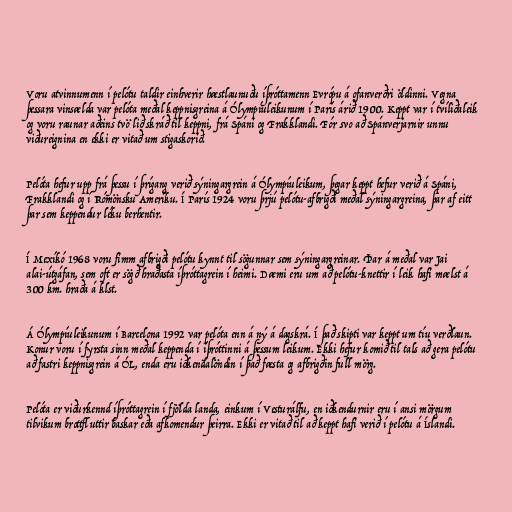
Voru atvinnumenn í pelótu taldir einhverir hæstlaunuðu íþróttamenn Evrópu á ofanverðri öldinni. Vegna
þessara vinsælda var pelóta meðal keppnisgreina á Ólympíuleikunum í París árið 1900. Keppt var í tvíliðaleik
og voru raunar aðeins tvö lið skráð til keppni, frá Spáni og Frakklandi. Fór svo að Spánverjarnir unnu
viðureignina en ekki er vitað um stigaskorið.

Pelóta hefur upp frá þessu í þrígang verið sýningargrein á Ólympíuleikum, þegar keppt hefur verið á Spáni,
Frakklandi og í Rómönsku Ameríku. Í París 1924 voru þrjú pelótu-afbrigði meðal sýningargreina, þar af eitt
þar sem keppendur léku berhentir.

Í Mexíkó 1968 voru fimm afbrigði pelótu kynnt til sögunnar sem sýningargreinar. Þar á meðal var Jai
alai-útgáfan, sem oft er sögð hraðasta íþróttagrein í heimi. Dæmi eru um að pelótu-knettir í leik hafi mælst á
300 km. hraða á klst.

Á Ólympíuleikunum í Barcelona 1992 var pelóta enn á ný á dagskrá. Í það skipti var keppt um tíu verðlaun.
Konur voru í fyrsta sinn meðal keppenda í íþróttinni á þessum leikum. Ekki hefur komið til tals að gera pelótu
að fastri keppnisgrein á ÓL, enda eru iðkendalöndin í það fæsta og afbrigðin full mörg.

Pelóta er viðurkennd íþróttagrein í fjölda landa, einkum í Vesturálfu, en iðkendurnir eru í ansi mörgum
tilvikum brottfluttir baskar eða afkomendur þeirra. Ekki er vitað til að keppt hafi verið í pelótu á Íslandi.